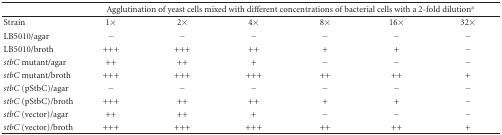
<table><thead><tr><td></td><td colspan="6"><b>Agglutination of yeast cells mixed with different concentrations of bacterial cells with a 2-fold dilution<sup>a</sup></b></td></tr></thead><tbody><tr><td>Strain</td><td>1×</td><td>2×</td><td>4×</td><td>8×</td><td>16×</td><td>32×</td></tr><tr><td>LB5010/agar</td><td>−</td><td>−</td><td>−</td><td>−</td><td>−</td><td>−</td></tr><tr><td>LB5010/broth</td><td>+++</td><td>+++</td><td>++</td><td>+</td><td>+</td><td>−</td></tr><tr><td><i>stbC</i> mutant/agar</td><td>++</td><td>++</td><td>+</td><td>−</td><td>−</td><td>−</td></tr><tr><td><i>stbC</i> mutant/broth</td><td>+++</td><td>+++</td><td>+++</td><td>++</td><td>++</td><td>+</td></tr><tr><td><i>stbC</i> (pStbC)/agar</td><td>−</td><td>−</td><td>−</td><td>−</td><td>−</td><td>−</td></tr><tr><td><i>stbC</i> (pStbC)/broth</td><td>+++</td><td>++</td><td>++</td><td>+</td><td>+</td><td>−</td></tr><tr><td><i>stbC</i> (vector)/agar</td><td>++</td><td>++</td><td>+</td><td>−</td><td>−</td><td>−</td></tr><tr><td><i>stbC</i> (vector)/broth</td><td>+++</td><td>+++</td><td>+++</td><td>++</td><td>++</td><td>+</td></tr></tbody></table>